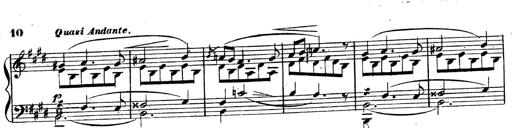
Title: 3 Caprices-Valses
Composer: Franz Liszt